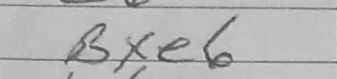
Transcription: Bxe6